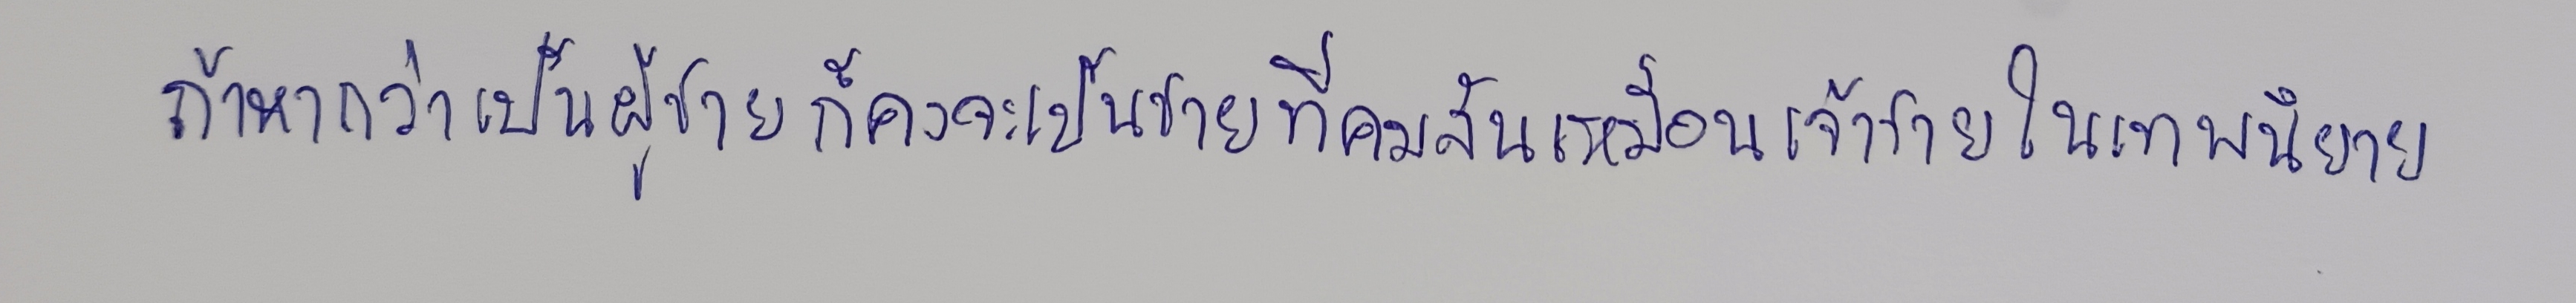
ถ้าหากว่าเป็นผู้ชายก็คงจะเป็นชายที่คมสันเหมือนเจ้าชายในเทพนิยาย